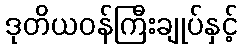
ဒုတိယဝန်ကြီးချုပ်နှင့်